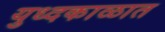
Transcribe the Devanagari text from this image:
युध्दकाळात